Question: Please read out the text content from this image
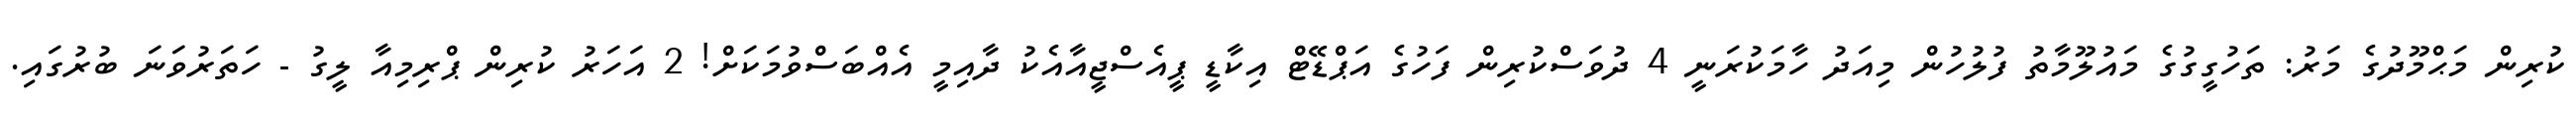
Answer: ކުރިން މަޙްމޫދުގެ މަރު: ތަހުގީގުގެ މައުލޫމާތު ފުލުހުން މިއަދު ހާމަކުރަނީ 4 ދުވަސްކުރިން ފަހުގެ އަޕްޑޭޓް އިކާޑީ ޕީއެސްޖީއާއެކު ދާއިމީ އެއްބަސްވުމަކަށް! 2 އަހަރު ކުރިން ޕްރިމިއާ ލީގު - ހަތަރުވަނަ ބުރުގައި.